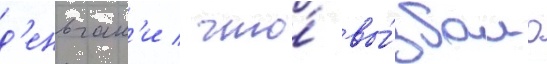
д'еньгам'и / что́ вы́звало